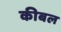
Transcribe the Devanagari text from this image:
कीबल